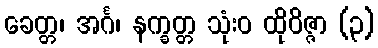
ခေတ္တ၊ အင်္ဂ၊ နက္ခတ္တ သုံးဝ ထိုဝိဇ္ဇာ (၃)